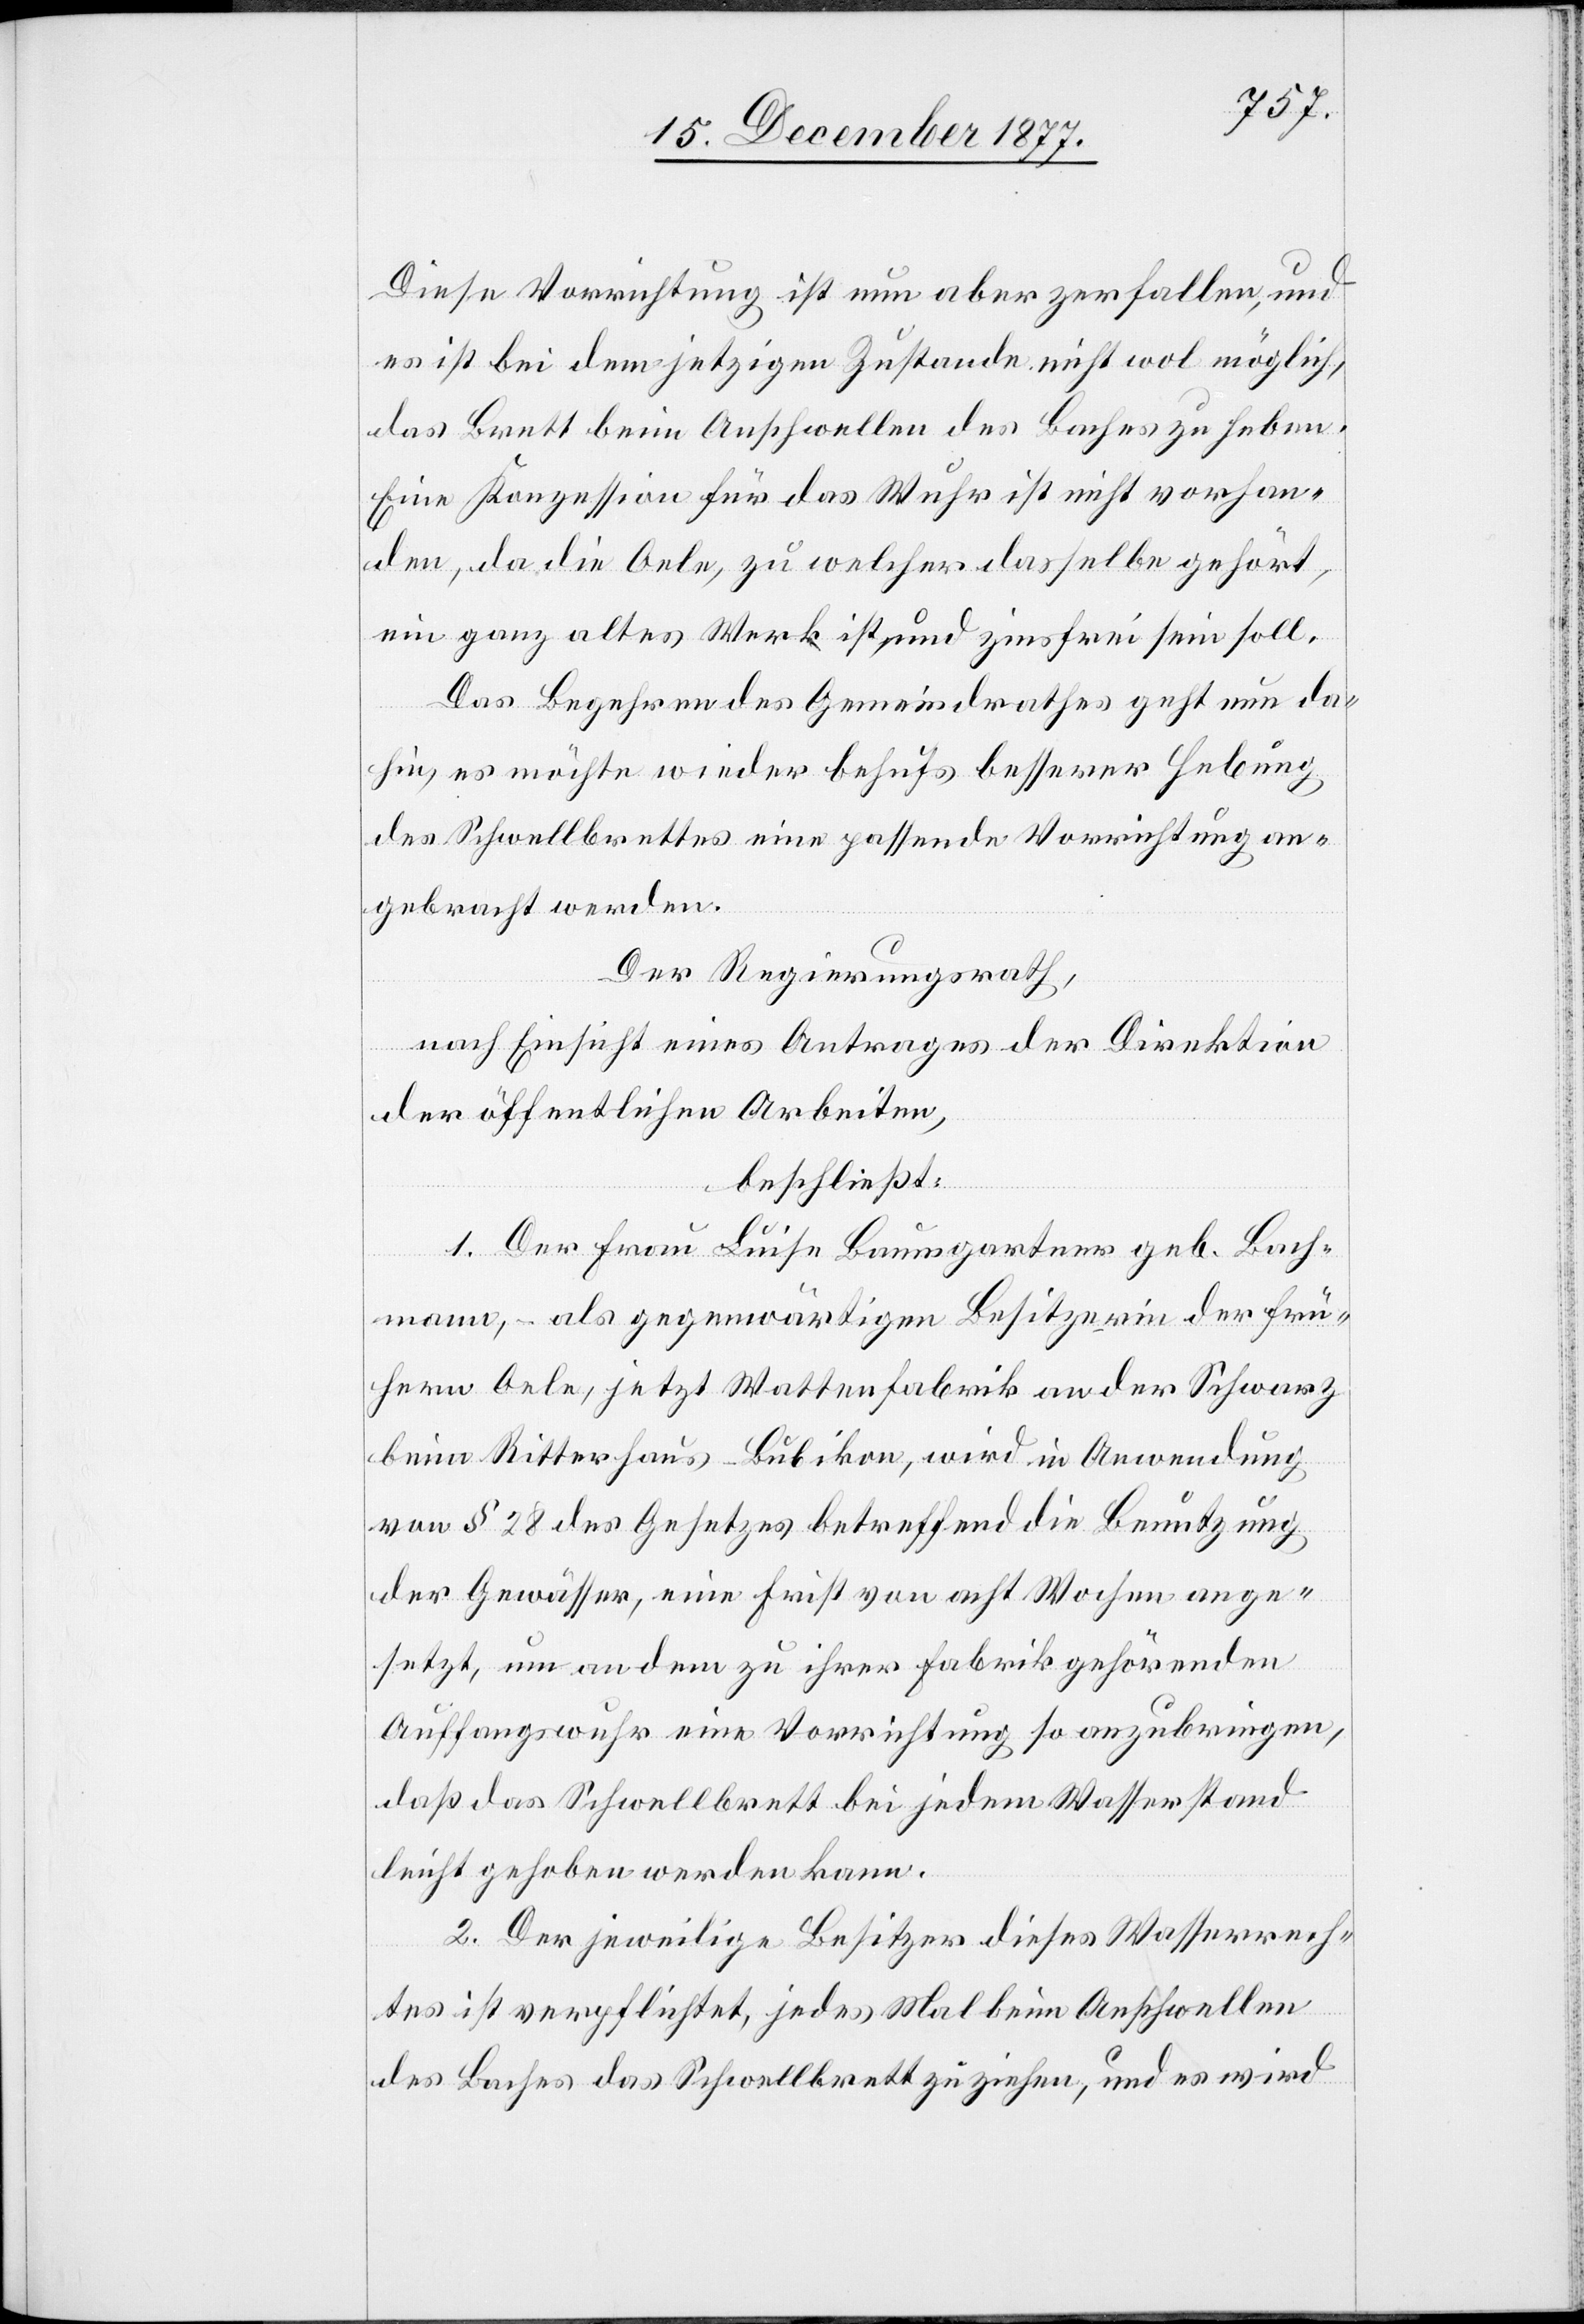
Diese Vorrichtung ist nun aber zerfallen, und
es ist bei dem jetzigen Zustande nicht wol möglich,
das Brett beim Anschwellen des Baches zu heben.
Eine Konzession für das Wuhr ist nicht vorhan¬
den, da die Oele, zu welcher dasselbe gehört,
ein ganz altes Werk ist und zinsfrei sein soll.
Das Begehren des Gemeindrathes geht nun da¬
hin, es möchte wieder behufs besserer Hebung
des Schwellbrettes eine passende Vorrichtung an¬
gebracht werden.
Der Regierungsrath,
nach Einsicht eines Antrages der Direktion
der öffentlichen Arbeiten,
beschließt:
1. Der Frau Luise Baumgartner geb. Bach¬
mann, – als gegenwärtigen Besitzerin der frü¬
hern Oele, jetzt Wattenfabrik an der Schwarz
beim Ritterhaus - Bubikon, wird in Anwendung
von § 28 des Gesetzes betreffend die Benutzung
der Gewässer, eine Frist von acht Wochen ange¬
setzt, um an dem zu ihrer Fabrik gehörenden
Auffangswuhr eine Vorrichtung so anzubringen,
daß das Schwellbrett bei jedem Wasserstand
leicht gehoben werden kann.
2. Der jeweilige Besitzer dieses Wasserrech¬
tes ist verpflichtet, jedes Mal beim Anschwellen
des Baches das Schwellbrett zu ziehen, und es wird